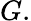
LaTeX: G.